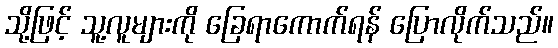
သို့ဖြင့် သူ့လူများကို ခြေရာကောက်ရန် ပြောလိုက်သည်။